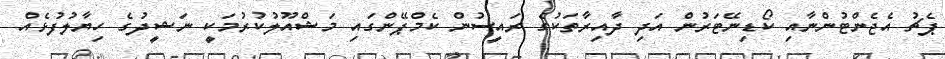
ޕެޗު އެޖެންޓުންނާއި ކޯޑިނޭޓަރުން އަދި ދާއިރާތަކުގެ ރައީސުން ކެމްޕޭންގައި މަޝްއޫލުކުރުމަކީ ނަޝީދުގެ ހިޔާލުފުޅެއް